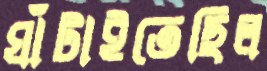
ঘাঁটাইতেছিল